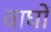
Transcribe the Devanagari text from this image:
वाघों